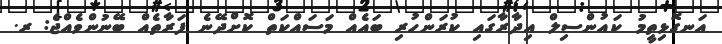
އަނގޮޅިތީމު ކައުންސިލް އިދާރާގައި ކުރަންހުރި ބައެއް މަސައްކަތް ކޮށްދޭނެ ފަރާތެއް ބޭނުންވެއްޖެ: ރ.